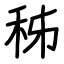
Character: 秭